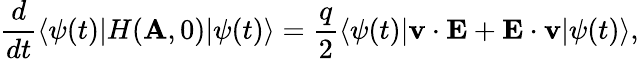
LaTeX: \frac{d}{dt}\langle\psi(t)|H({\mathbf A},0)|\psi(t)\rangle=\frac{q}{2}\langle\psi(t)|{\mathbf v}\cdot{\mathbf E}+{\mathbf E}\cdot{\mathbf v}|\psi(t)\rangle,